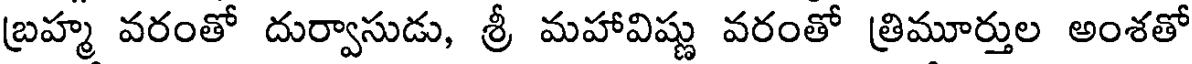
బ్రహ్మ వరంతో దుర్వాసుడు, శ్రీ మహావిష్ణు వరంతో త్రిమూర్తుల అంశతో